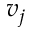
v _ { j }